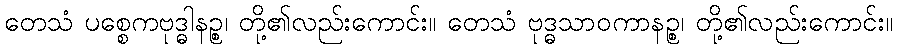
တေသံ ပစ္စေကဗုဒ္ဓါနဉ္စ၊ တို့၏လည်းကောင်း။ တေသံ ဗုဒ္ဓသာဝကာနဉ္စ၊ တို့၏လည်းကောင်း။